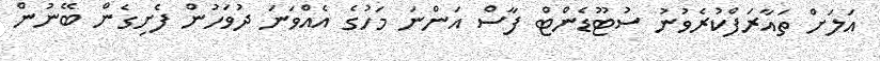
އަލަށް ތައާރަފްކުރެވުނު ސުޓޫޑެންޓް ފާސް އަންނަ މަހުގެ އެއްވަނަ ދުވަހުން ފެށިގެން ބޭނުން